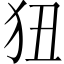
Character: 狃